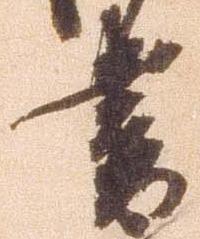
書